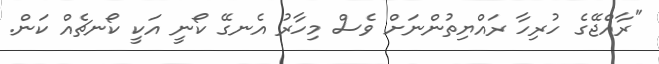
"ރާއްޖޭގެ ހުރިހާ ރައްޔިތުންނަށް ވެސް މިހާރު އެނގޭ ކޯނީ އަކީ ކޯނޗެއް ކަން.